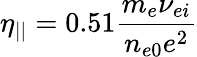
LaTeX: \eta_{||}=0.51\frac{m_{e}\nu_{ei}}{n_{e0}e^{2}}